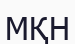
МҚН